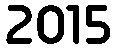
2015